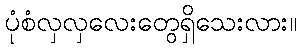
ပုံစံလှလှလေးတွေရှိသေးလား။